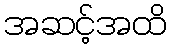
အဆင့်အထိ